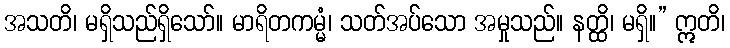
အသတိ၊ မရှိသည်ရှိသော်။ မာရိတကမ္မံ၊ သတ်အပ်သော အမှုသည်။ နတ္ထိ၊ မရှိ။” ဣတိ၊